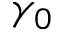
\gamma _ { 0 }